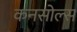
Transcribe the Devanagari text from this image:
कनसोल्स